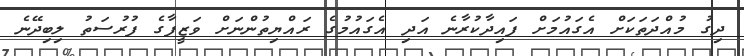
ދިގު މުއްދަތަކަށް އެގައުމަށް ފައިދާކުރާނެ އަދި އެގައުމުގެ ރައްޔިތުންނަށް ވަޒީފާގެ ފުރުސަތު ލިބިދޭނެ